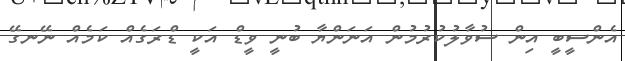
އެންސީބީ އިން ސުވާލުކުރުމުން އަނަންޔާ ބުނީ ވީޑް އަކީ ޑްރަގެއް ކަމެއް ނޭނގޭ